system: You are a helpful assistant.
user:
Analyze the provided spectrum to determine if it is a **S-type Star**.

- **Key Indicators for S-type Star:**

    - **(Overall Spectrum Shape):** The first and most obvious characteristic is the overall continuum (the "baseline" shape). It is **extremely "red-sloping,"** meaning the flux (light intensity) is very low on the left side (blue, ~4000-4500 Å) and rises steeply and continuously toward the right side (red, ~7000 Å+).

    - **(Primary):** The spectrum is defined by the presence of strong, broad molecular absorption "valleys" (bands) from **Zirconium Oxide (ZrO)**. The identification of these bands is the **primary requirement** for classifying a star as S-type.
        - **(Key Bandheads):** You must find distinct, deep "dips" where the light has been absorbed. The most critical band systems to locate are:
            - **~6474 Å** ($\gamma$-system): This is often the strongest and clearest ZrO feature, found in the red part of the spectrum.
            - **~5718 Å** & **~5551 Å** ($\beta$-system): A pair of prominent absorption features in the yellow-orange part of the spectrum.
            - **~4640 Å** ($\alpha$-system): A key absorption band system in the blue-green region of the spectrum.

    - **(Secondary Confirmation):** The classification is strengthened by finding additional absorption bands from other related heavy element oxides, which are expected to be present alongside ZrO.
        - **(Key Bandheads):**
            - **Yttrium Oxide (YO):** Look for absorption dips near **~4800 Å** and **~6100 Å**.
            - **Lanthanum Oxide (LaO):** Additional absorption features, particularly in the red-orange part of the spectrum, are also characteristic.

    - **(Line Profile):** The combination of the steep red continuum and these numerous, deep molecular bands (ZrO, YO, etc.) gives the entire spectrum a very **"chopped-up"** or **"bumpy"** appearance. Instead of a smooth curve, the spectrum looks as though large, wide chunks of light have been "carved out" of it at the specific wavelengths listed above.

Think first, call **spectral_visualization_tool** if needed to examine features in detail, then provide your final answer. Your response must adhere to the following strict rules:
1.  **Overall Structure:** Your response must follow the format `<think>...</think> <tool_call>...</tool_call> (if a tool is used) <answer>...</answer>`.
2.  **Tool Usage Constraint:** You may only make **one** tool call per turn.
3.  **Final Answer Format:** In the `<answer>` tag, your conclusion must be inside a `\boxed{}` command (e.g., `\boxed{YES}` or `\boxed{NO}`), followed by your justification.

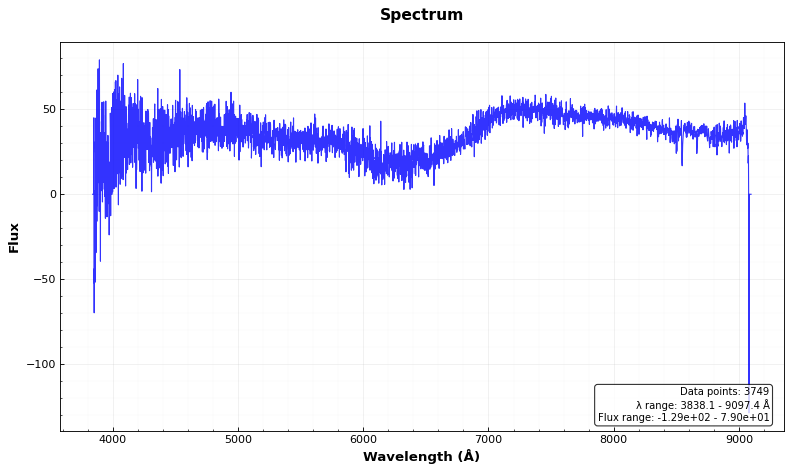
Answer: NO